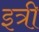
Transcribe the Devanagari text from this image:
इत्री